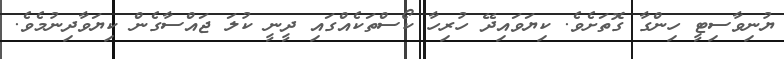
ޔުނިވާސިޓީ ހިންގާ ގޮތަށެވެ. ކިޔަވައިދޭ ހުރިހާ ކޯސްތަކެއްގައި ދީނީ ކުލަ ޖައްސާގެން ކިޔަވާދިނުމެވެ.